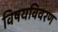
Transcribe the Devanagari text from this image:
विषयविवरण